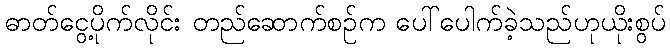
ဓာတ်ငွေ့ပိုက်လိုင်း တည်ဆောက်စဉ်က ပေါ်ပေါက်ခဲ့သည်ဟုယိုးစွပ်